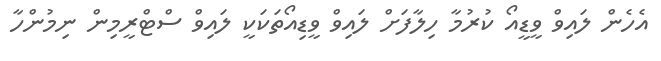
އެހެން ލައިވް ވީޑީއޯ ކުރުމާ ހިލާފަށް ލައިވް ވީޑިއޯތަކަކީ ލައިވް ސްޓްރީމިން ނިމުންހާ